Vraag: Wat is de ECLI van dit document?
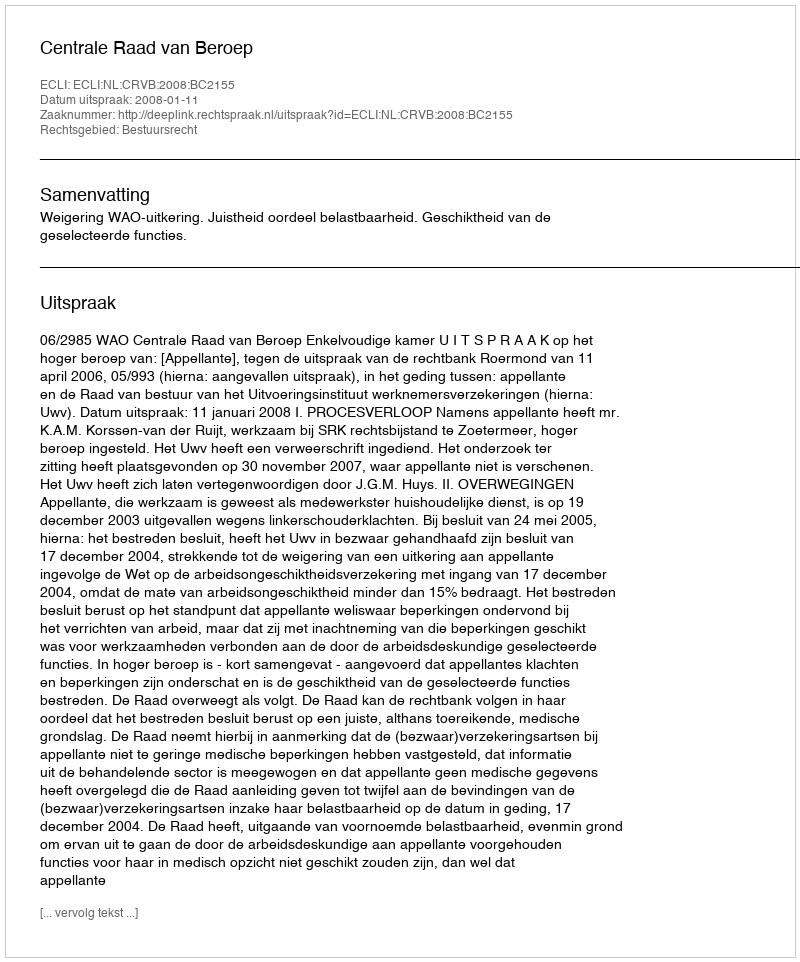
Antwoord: ECLI:NL:CRVB:2008:BC2155